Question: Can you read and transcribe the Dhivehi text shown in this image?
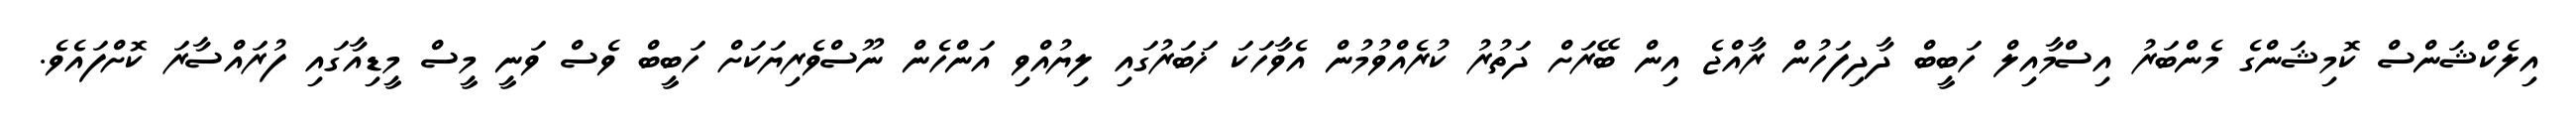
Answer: އިލެކްޝަންސް ކޮމިޝަންގެ މެންބަރު އިސްމާއިލް ހަބީބް ދާދިފަހުން ރާއްޖެ އިން ބޭރަށް ދަތުރު ކުރެއްވުމުން އެވާހަކަ ޚަބަރުގައި ލިޔުއްވި އަންހެން ނޫސްވެރިޔަކަށް ހަބީބް ވެސް ވަނީ މީސް މީޑިއާގައި ފުރައްސާރަ ކޮށްފައެވެ.